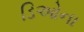
ડિઓના